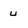
Character: u